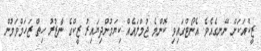
ޒީކްއަކަށް ނޭނގެއެވެ. އެނޯޓްގައިވި ކޮންމެ ޖުމްލައެއް ކިޔަމުންދިޔައިރު ޒީކްގެ ނާޒުރު ހިތް ޒަހަމްވަމުން